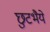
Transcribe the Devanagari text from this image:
छुटभैये